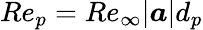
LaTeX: Re_{p}=Re_{\infty}|\boldsymbol{a}|d_{p}